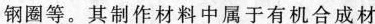
钢圈等。其制作材料中属于有机合成材